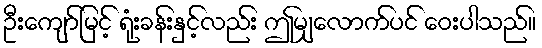
ဦးကျော်မြင့် ရုံးခန်းနှင့်လည်း ဤမျှလောက်ပင် ဝေးပါသည်။